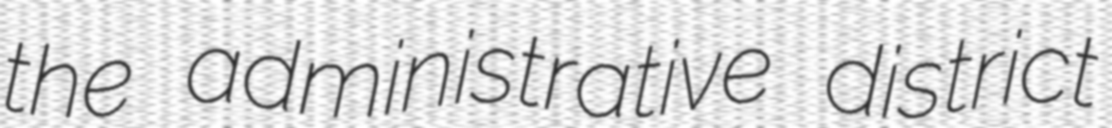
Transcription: the administrative district